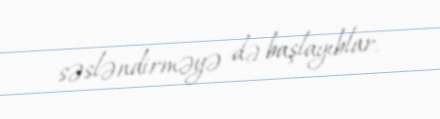
səsləndirməyə də başlayıblar.